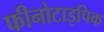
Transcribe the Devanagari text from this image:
फीनोटाइपिक